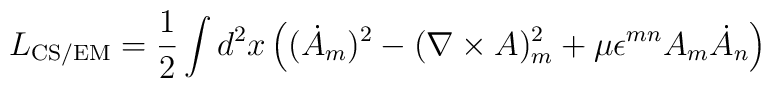
L_{\rm CS/EM} = \frac12 \int d^2x \, \Bigl(  (\dot{A}_m)^2 -  (\nabla\times A)^2_m + \mu\epsilon^{mn} A_m \dot{A}_n \Bigr)